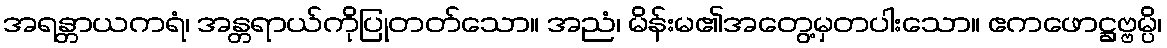
အရန္တာယကရံ၊ အန္တရာယ်ကိုပြုတတ်သော။ အညံ၊ မိန်းမ၏အတွေ့မှတပါးသော။ ဧကဖောဋ္ဌဗ္ဗမ္ပိ၊